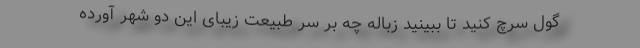
گول سرچ کنید تا ببینید زباله چه بر سر طبیعت زیبای این دو شهر آورده